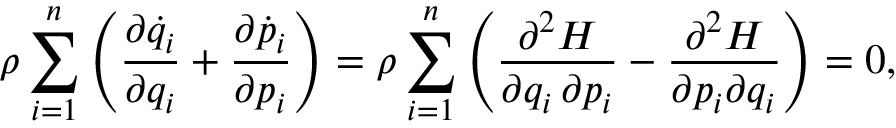
\rho \sum _ { i = 1 } ^ { n } \left( { \frac { \partial { \dot { q } } _ { i } } { \partial q _ { i } } } + { \frac { \partial { \dot { p } } _ { i } } { \partial p _ { i } } } \right) = \rho \sum _ { i = 1 } ^ { n } \left( { \frac { \partial ^ { 2 } H } { \partial q _ { i } \, \partial p _ { i } } } - { \frac { \partial ^ { 2 } H } { \partial p _ { i } \partial q _ { i } } } \right) = 0 ,